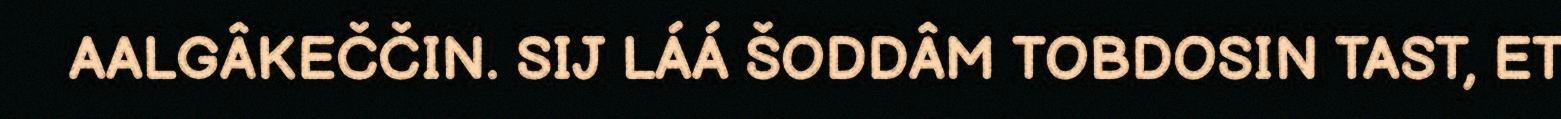
AALGÂKEČČIN. SIJ LÁÁ ŠODDÂM TOBDOSIN TAST, ET